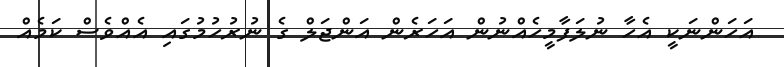
އަހަންނަކީ އެހާ ނުލަފާމީހެއްނުން އަހަރެން އަންޖަލް ގެ ނުރުހުމުގައި އެއްވެސް ކަމެއް